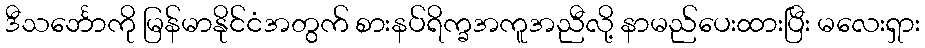
ဒီသင်္ဘောကို မြန်မာနိုင်ငံအတွက် စားနပ်ရိက္ခအကူအညီလို့ နာမည်ပေးထားပြီး မလေးရှား